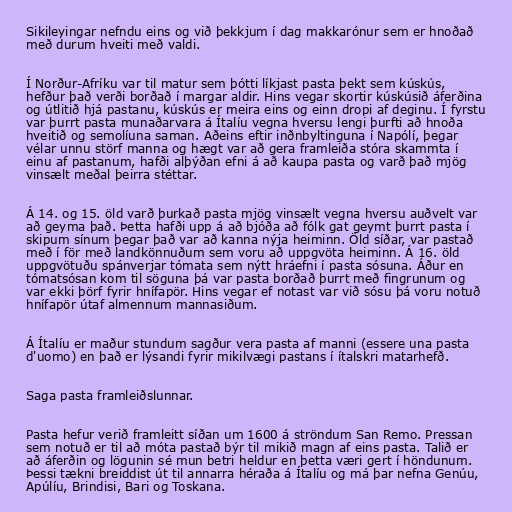
Sikileyingar nefndu eins og við þekkjum í dag makkarónur sem er hnoðað
með durum hveiti með valdi.

Í Norður-Afríku var til matur sem þótti líkjast pasta þekt sem kúskús,
hefður það verði borðað í margar aldir. Hins vegar skortir kúskúsið áferðina
og útlitið hjá pastanu, kúskús er meira eins og einn dropi af deginu. Í fyrstu
var þurrt pasta munaðarvara á Ítalíu vegna hversu lengi þurfti að hnoða
hveitið og semolíuna saman. Aðeins eftir inðnbyltinguna í Napólí, þegar
vélar unnu störf manna og hægt var að gera framleiða stóra skammta í
einu af pastanum, hafði alþýðan efni á að kaupa pasta og varð það mjög
vinsælt meðal þeirra stéttar.

Á 14. og 15. öld varð þurkað pasta mjög vinsælt vegna hversu auðvelt var
að geyma það. Þetta hafði upp á að bjóða að fólk gat geymt þurrt pasta í
skipum sínum þegar það var að kanna nýja heiminn. Öld síðar, var pastað
með í för með landkönnuðum sem voru að uppgvöta heiminn. Á 16. öld
uppgvötuðu spánverjar tómata sem nýtt hráefni í pasta sósuna. Áður en
tómatsósan kom til söguna þá var pasta borðað þurrt með fingrunum og
var ekki þörf fyrir hnífapör. Hins vegar ef notast var við sósu þá voru notuð
hnífapör útaf almennum mannasiðum.

Á Ítalíu er maður stundum sagður vera pasta af manni (essere una pasta
d'uomo) en það er lýsandi fyrir mikilvægi pastans í ítalskri matarhefð.

Saga pasta framleiðslunnar.

Pasta hefur verið framleitt síðan um 1600 á ströndum San Remo. Pressan
sem notuð er til að móta pastað býr til mikið magn af eins pasta. Talið er
að áferðin og lögunin sé mun betri heldur en þetta væri gert í höndunum.
Þessi tækni breiddist út til annarra héraða á Ítalíu og má þar nefna Genúu,
Apúlíu, Brindisi, Bari og Toskana.